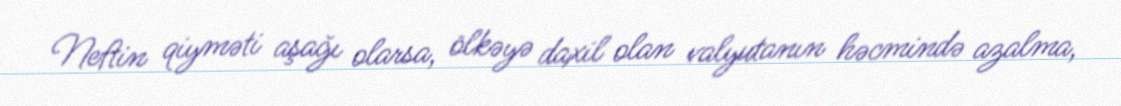
Neftin qiyməti aşağı olarsa, ölkəyə daxil olan valyutanın həcmində azalma,